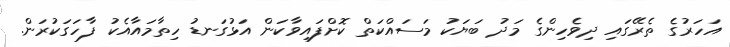
އަހަރުގެ ތެރޭގައި ދިވެހިންގެ މަދު ބަޔަކު މަސައްކަތް ކޮށްފައިވާކަން އަޅުގަނޑު ހިތާމައާއެކު ފާހަގަކުރަން.